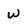
Character: W